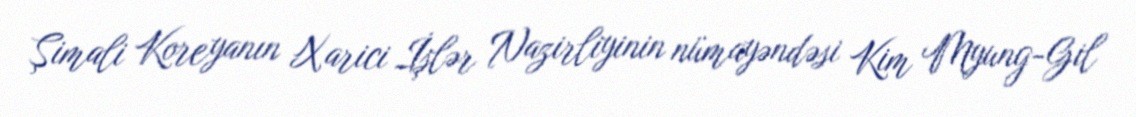
Şimali Koreyanın Xarici İşlər Nazirliyinin nümayəndəsi Kim Myung-Gil